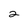
Character: 2